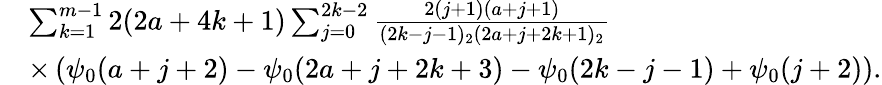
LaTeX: \begin{array}{rl}{\! \! \! \! \! \! \! \! \! \! \! \! \! \! \! \! \! \! \! \! \! \! \! }&{\sum_{k=1}^{m-1}2(2a+4k+1)\sum_{j=0}^{2k-2}\frac{2(j+1)(a+j+1)}{(2k-j-1)_{2}(2a+j+2k+1)_{2}}}\\ {\! \! \! \! \! \! \! \! \! \! \! \! \! \! \! \! \! \! \! \! \! \! \! }&{\times\left(\psi_{0}(a+j+2)-\psi_{0}(2a+j+2k+3)-\psi_{0}(2k-j-1)+\psi_{0}(j+2)\right).}\end{array}